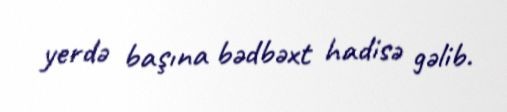
yerdə başına bədbəxt hadisə gəlib.